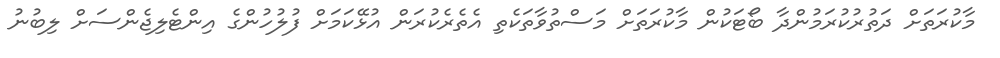
މާކުރަތަށް ދަތުރުކުރަމުންދާ ބޯޓަކުން މާކުރަތަށް މަސްތުވާތަކެތި އެތެރެކުރަން އުޅޭކަމަށް ފުލުހުންގެ އިންޓެލިޖެންސަށް ލިބުނު